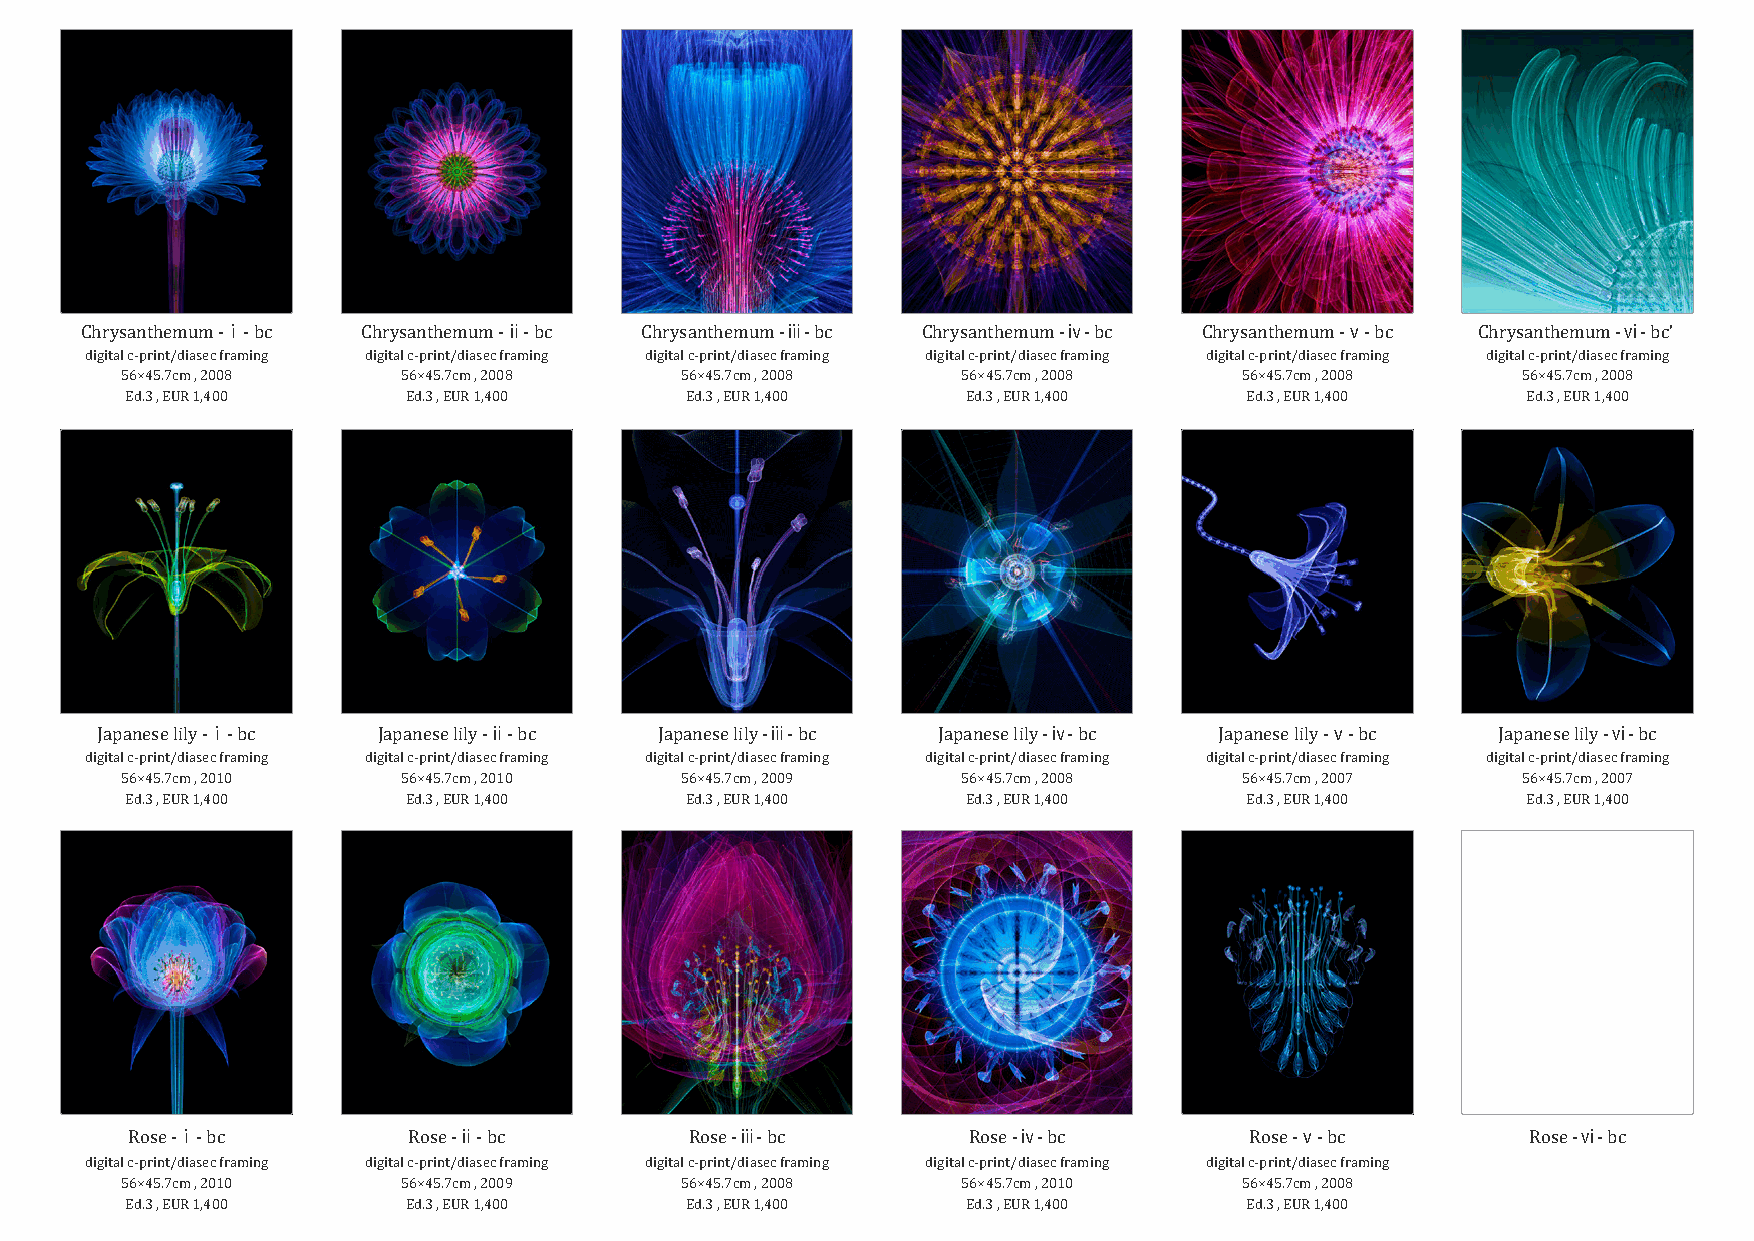
ⅰ                 ⅱ                  ⅲ                  ⅳ                 ⅴ                 ⅵ
 Chrysanthemum - - bc Chrysanthemum - - bc Chrysanthemum - - bc Chrysanthemum - - bc Chrysanthemum - - bc Chrysanthemum - - bc’
 digital c-print/diasec framing digital c-print/diasec framing digital c-print/diasec framing digital c-print/diasec framing digital c-print/diasec framing digital c-print/diasec framing
 56×45.7cm , 2008   56×45.7cm , 2008  56×45.7cm , 2008   56×45.7cm , 2008  56×45.7cm , 2008   56×45.7cm , 2008
 Ed.3 , EUR 1,400   Ed.3 , EUR 1,400  Ed.3 , EUR 1,400   Ed.3 , EUR 1,400   Ed.3 , EUR 1,400  Ed.3 , EUR 1,400
 ⅰ                 ⅱ                  ⅲ                 ⅳ                  ⅴ                  ⅵ
 Japanese lily - - bc Japanese lily - - bc Japanese lily - - bc Japanese lily - - bc Japanese lily - - bc Japanese lily - - bc
 digital c-print/diasec framing digital c-print/diasec framing digital c-print/diasec framing digital c-print/diasec framing digital c-print/diasec framing digital c-print/diasec framing
 56×45.7cm , 2010   56×45.7cm , 2010  56×45.7cm , 2009   56×45.7cm , 2008  56×45.7cm , 2007   56×45.7cm , 2007
 Ed.3 , EUR 1,400   Ed.3 , EUR 1,400  Ed.3 , EUR 1,400   Ed.3 , EUR 1,400   Ed.3 , EUR 1,400  Ed.3 , EUR 1,400
 ⅰ                 ⅱ                  ⅲ                 ⅳ                  ⅴ                 ⅵ
 Rose - - bc        Rose - - bc        Rose - - bc       Rose - - bc        Rose - - bc       Rose - - bc
 digital c-print/diasec framing digital c-print/diasec framing digital c-print/diasec framing digital c-print/diasec framing digital c-print/diasec framing
 56×45.7cm , 2010   56×45.7cm , 2009  56×45.7cm , 2008   56×45.7cm , 2010  56×45.7cm , 2008
 Ed.3 , EUR 1,400   Ed.3 , EUR 1,400  Ed.3 , EUR 1,400   Ed.3 , EUR 1,400   Ed.3 , EUR 1,400